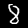
Label: 8